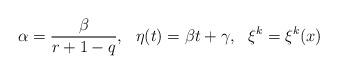
LaTeX: \begin{align*} \alpha=\frac{\beta}{r+1-q}, \ \ \eta(t)=\beta t+\gamma,\ \ \xi^k=\xi^k(x) \end{align*}